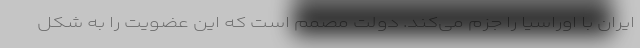
ایران با اوراسیا را جزم می‌کند. دولت مصمم است که این عضویت را به شکل